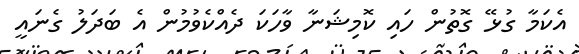
އެކަމާ ގުޅޭ ގޮތުން ހައި ކޮމިޝަނާ ވާހަކަ ދެއްކެވުމުން އެ ބަދަލު ގެނައީ